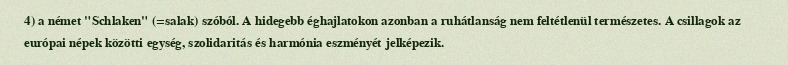
4) a német "Schlaken" (=salak) szóból. A hidegebb éghajlatokon azonban a ruhátlanság nem feltétlenül természetes. A csillagok az európai népek közötti egység, szolidaritás és harmónia eszményét jelképezik.